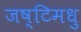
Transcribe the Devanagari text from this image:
जष्टिमधु